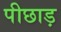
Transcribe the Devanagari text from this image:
पीछाड़